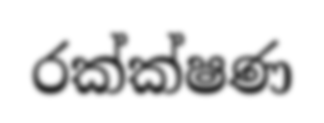
රක්ක්ෂණ